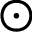
\odot